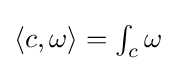
{\textstyle \langle c,\omega \rangle =\int _{c}\omega }